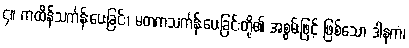
၄။ ကထိန်သင်္ကန်းပေးခြင်း၊ မတကသင်္ကန်းပေးခြင်းတို့၏ အစွမ်းဖြင့် ဖြစ်သော ဒါနကံ၊